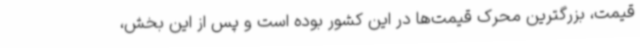
قیمت، بزرگترین محرک قیمت‌ها در این کشور بوده است و پس از این بخش،